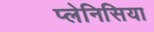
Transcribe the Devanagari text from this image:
प्लेनिसिया